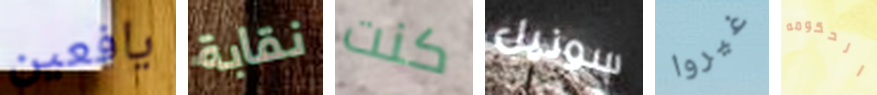
يافعين نقابة كنت سونيل غيروا الحكومه